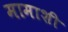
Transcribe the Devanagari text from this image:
मामाशी